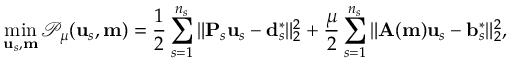
\operatorname* { m i n } _ { \mathbf { u } _ { s } , \mathbf { m } } \mathcal { P } _ { \mu } ( \mathbf { u } _ { s } , \mathbf { m } ) = \frac { 1 } { 2 } \sum _ { s = 1 } ^ { n _ { s } } \| \mathbf { P } _ { s } \mathbf { u } _ { s } - \mathbf { d } _ { s } ^ { * } \| _ { 2 } ^ { 2 } + \frac { \mu } { 2 } \sum _ { s = 1 } ^ { n _ { s } } \| \mathbf { A } ( \mathbf { m } ) \mathbf { u } _ { s } - \mathbf { b } _ { s } ^ { * } \| _ { 2 } ^ { 2 } ,